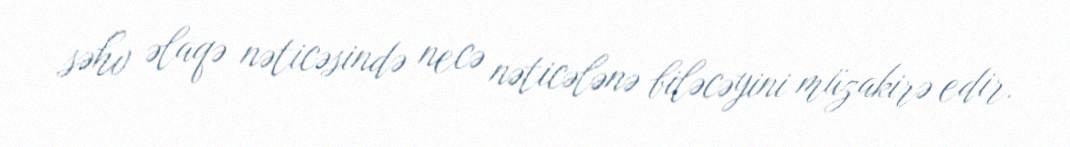
səhv əlaqə nəticəsində necə nəticələnə biləcəyini müzakirə edir.